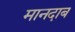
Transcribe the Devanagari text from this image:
मानदाब